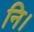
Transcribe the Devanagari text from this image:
नि।